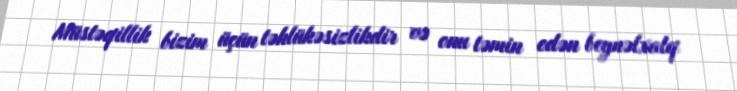
Müstəqillik bizim üçün təhlükəsizlikdir və onu təmin edən beynəlxalq